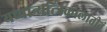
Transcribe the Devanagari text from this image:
यच्चान्यत्त्रिकालातीतं